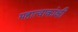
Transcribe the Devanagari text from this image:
महात्वाकांक्षी